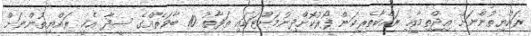
ރައްޔިތުންނަށް އިޖްތިމާޢީ ރައްކާތެރިކަން ފޯރުކޮށްދިނުމަށްޓަކައި ތަފާތު 10 ބާވަތެއްގެ ސީދާ އެހީ ރައްޔިތުންނަށް